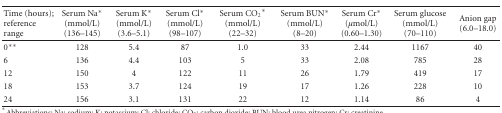
<table><thead><tr><td><b>Time (hours);reference range</b></td><td><b>Serum Na* (mmol/L)(136–145)</b></td><td><b>Serum K* (mmol/L)(3.6–5.1)</b></td><td><b>Serum Cl* (mmol/L)(98–107)</b></td><td><b>Serum CO<sub>2</sub>* (mmol/L)(22–32)</b></td><td><b>Serum BUN* (mmol/L)(8–20)</b></td><td><b>Serum Cr* (<i>μ</i>mol/L) (0.60–1.30)</b></td><td><b>Serum glucose (mmol/L)(70–110)</b></td><td><b>Anion gap(6.0–18.0)</b></td></tr></thead><tbody><tr><td>0**</td><td>128</td><td>5.4</td><td>87</td><td>1.0</td><td>33</td><td>2.44</td><td>1167</td><td>40</td></tr><tr><td>6</td><td>136</td><td>4.4</td><td>103</td><td>5</td><td>33</td><td>2.08</td><td>785</td><td>28</td></tr><tr><td>12</td><td>150</td><td>4</td><td>122</td><td>11</td><td>26</td><td>1.79</td><td>419</td><td>17</td></tr><tr><td>18</td><td>153</td><td>3.7</td><td>124</td><td>19</td><td>17</td><td>1.26</td><td>228</td><td>10</td></tr><tr><td>24</td><td>156</td><td>3.1</td><td>131</td><td>22</td><td>12</td><td>1.14</td><td>86</td><td>4</td></tr></tbody></table>